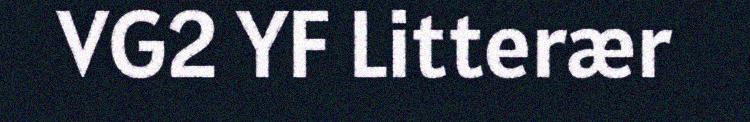
VG2 YF Litterær